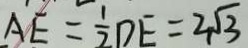
A E = \frac { 1 } { 2 } D E = 2 \sqrt { 3 }